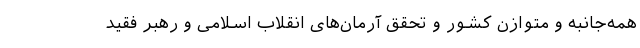
همه‌جانبه و متوازن کشور و تحقق آرمان‌های انقلاب اسلامی و رهبر فقید